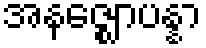
အနဇ္ဈောပန္နာ